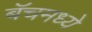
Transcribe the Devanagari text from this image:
बॅचमध्ये